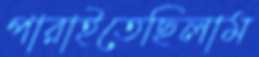
পারাইতেছিলাম